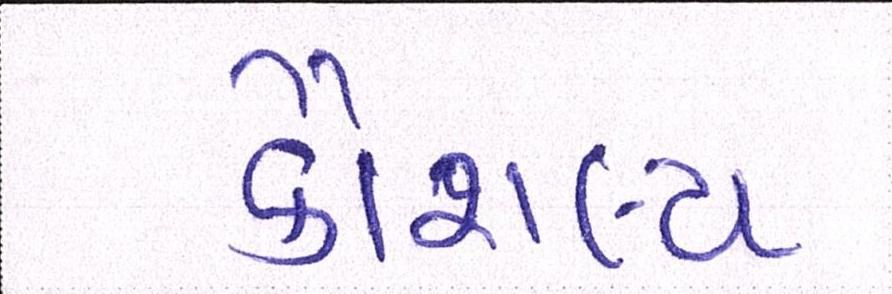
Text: કૌશલ્ય